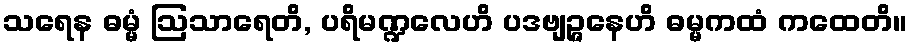
သရေန ဓမ္မံ ဩသာရေတိ, ပရိမဏ္ဍလေဟိ ပဒဗျဉ္ဇနေဟိ ဓမ္မကထံ ကထေတိ။